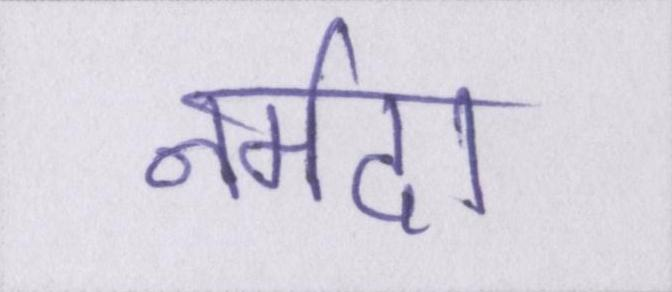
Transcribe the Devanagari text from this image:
नर्मदा